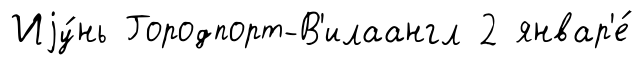
Иjу́нь Городпорт-В'илаангл 2 январ'е́